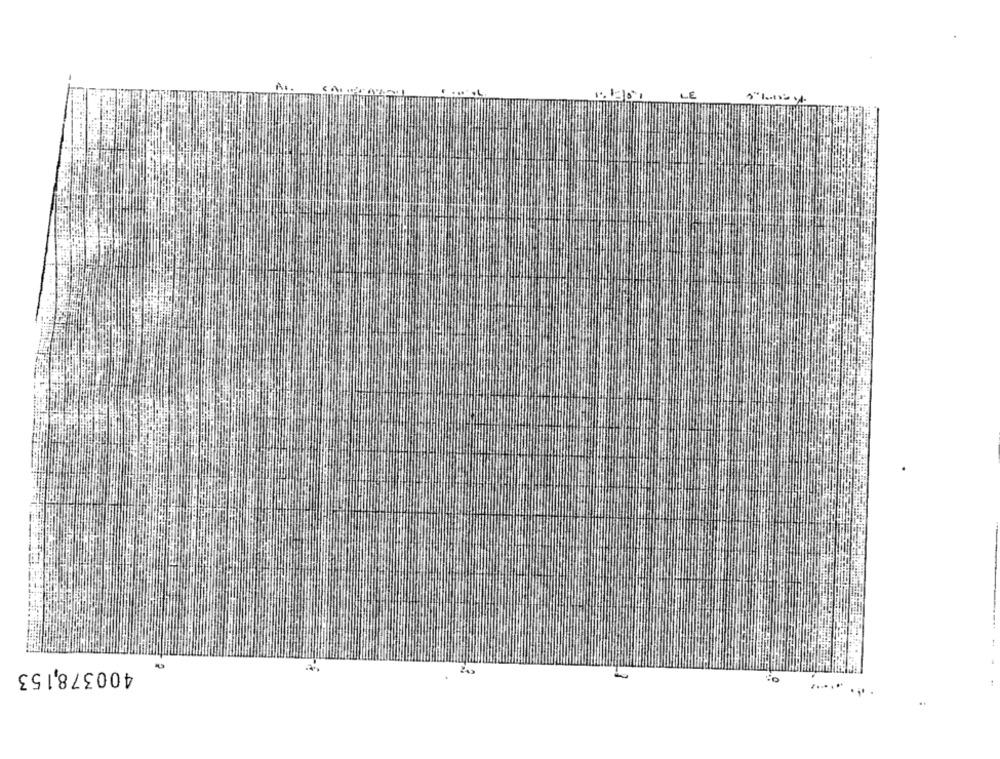
LE
400378,153
:0